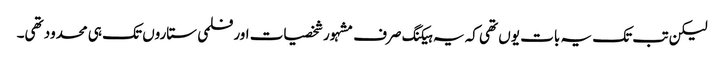
لیکن تب تک یہ بات یوں تھی کہ یہ ہیکنگ صرف مشہور شخصیات اور فلمی ستاروں تک ہی محدود تھی۔